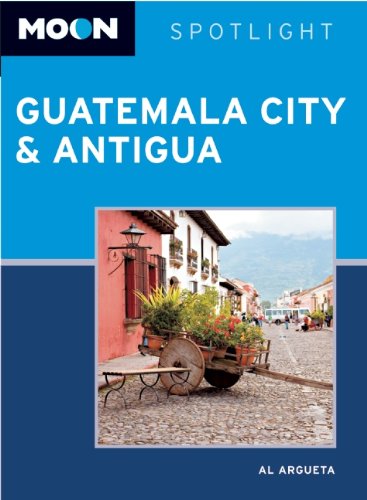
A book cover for Moon Spotlight Guatemala City & Antigua; Al Argueta; Travel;